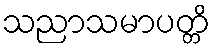
သညာသမာပတ္တိ